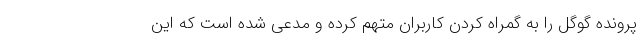
پرونده گوگل را به گمراه کردن کاربران متهم کرده و مدعی شده است که این